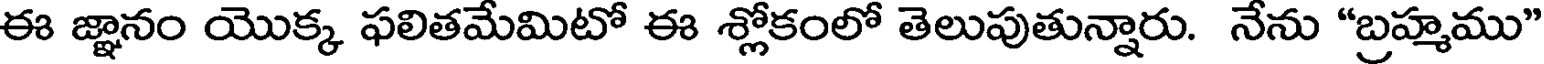
ఈ జ్ఞానం యొక్క ఫలితమేమిటో ఈ శ్లోకంలో తెలుపుతున్నారు. నేను "బ్రహ్మము"